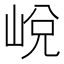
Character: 㟋